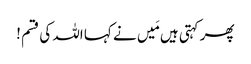
پھر کہتی ہیں مَیں نے کہا اللہ کی قسم !